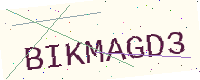
Text: BIKMAGD3